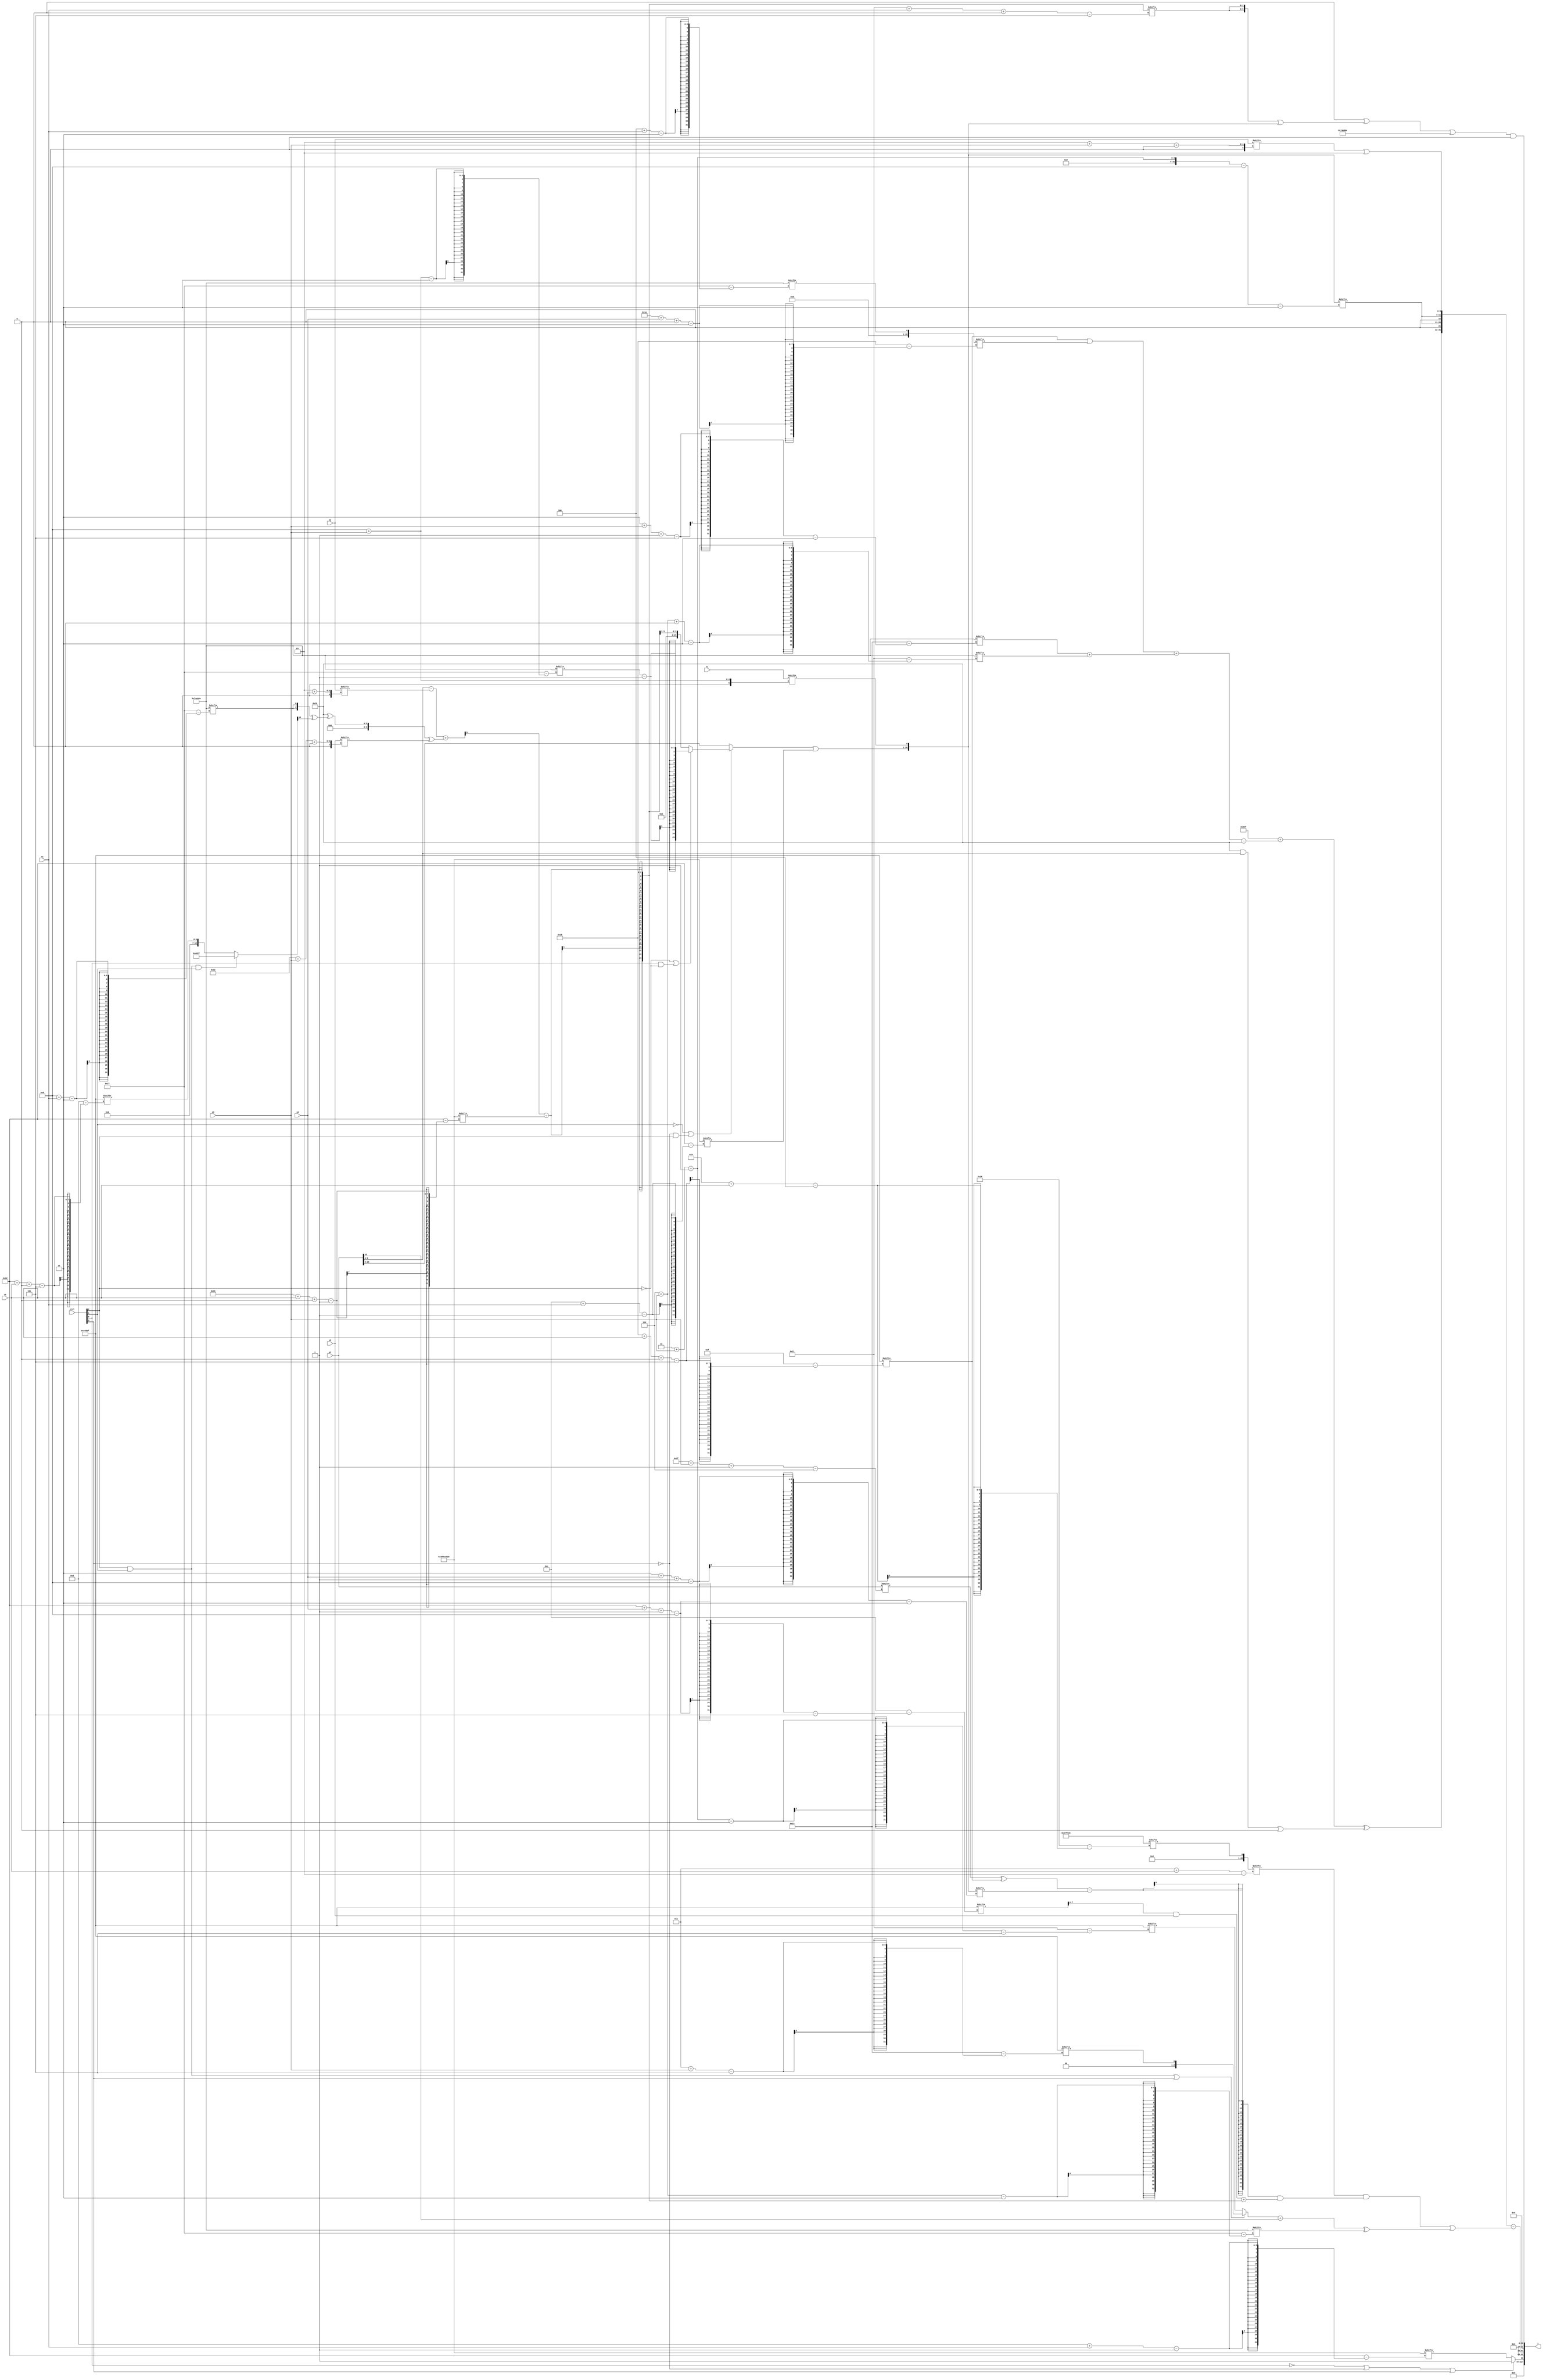
module partsel_00373(ctrl, s0, s1, s2, s3, x0, x1, x2, x3, y);
  input [3:0] ctrl;
  input [2:0] s0;
  input [2:0] s1;
  input [2:0] s2;
  input [2:0] s3;
  input [31:0] x0;
  input signed [31:0] x1;
  input [31:0] x2;
  input [31:0] x3;
  wire signed [4:28] x4;
  wire signed [3:31] x5;
  wire [29:5] x6;
  wire signed [4:28] x7;
  wire [29:3] x8;
  wire signed [4:29] x9;
  wire signed [1:29] x10;
  wire [30:4] x11;
  wire signed [25:1] x12;
  wire signed [27:3] x13;
  wire [27:7] x14;
  wire [3:31] x15;
  output [127:0] y;
  wire signed [31:0] y0;
  wire signed [31:0] y1;
  wire signed [31:0] y2;
  wire signed [31:0] y3;
  assign y = {y0,y1,y2,y3};
  localparam [1:30] p0 = 815439910;
  localparam signed [4:28] p1 = 572848075;
  localparam signed [5:24] p2 = 160323263;
  localparam signed [3:26] p3 = 628418158;
  assign x4 = (ctrl[2] && ctrl[1] && ctrl[1] ? (p0 ^ p0[10]) : p2[29 + s0 +: 7]);
  assign x5 = ((x3 - x2[7 + s2]) + ((p0 ^ ({2{p3[8 + s1]}} ^ x4[13 -: 1])) ^ x0[18 + s3 +: 8]));
  assign x6 = (x5[22] - p0[21 + s0 +: 1]);
  assign x7 = {2{{(x2[21 -: 2] | p0[18 +: 4]), {{p2[22], (ctrl[3] && ctrl[0] && !ctrl[0] ? p1 : x4[12])}, x1[16]}}}};
  assign x8 = {2{{((!ctrl[1] || !ctrl[3] && ctrl[2] ? (!ctrl[2] || ctrl[0] && !ctrl[2] ? (p3[8 + s3] - p2[13 +: 2]) : x6[23 -: 3]) : {x7[21 -: 4], x3}) | p0[12 + s1]), x1[8 + s3]}}};
  assign x9 = p2[29 + s2 -: 8];
  assign x10 = p2[8];
  assign x11 = p3;
  assign x12 = {2{p1[20]}};
  assign x13 = p2[22 + s0 +: 5];
  assign x14 = p1[9 + s0];
  assign x15 = p3[4 + s1];
  assign y0 = (!ctrl[0] || !ctrl[3] || ctrl[3] ? p1[14 -: 1] : p0[13 + s1]);
  assign y1 = p3[9 +: 2];
  assign y2 = ({(({p3[22 + s0 +: 7], p2} + {2{(((x13 | x15[30 + s2 +: 7]) + (p3[3 + s3 -: 5] + p3[6 + s3 +: 7])) - p0)}}) ^ ((p0 & x3) | {(p0[18 + s0 -: 3] ^ x7[9 + s0 -: 1]), x10})), {{2{{x10[21], x8[2 + s3 -: 8]}}}, (x2[7 + s3 +: 4] | p2[18 +: 4])}} - ((x14[10 + s0] & (((x3[31 + s3 -: 6] ^ x13) - x8[3 + s2 -: 8]) & ((x9[23 -: 2] & x0) + x6))) | (((ctrl[1] && ctrl[2] || ctrl[3] ? p2[10 + s3] : p2[2 + s3 -: 3]) + x3[22 -: 1]) ^ p3[6 + s3])));
  assign y3 = (((x10[12 -: 4] | ({2{x6[17 + s1 +: 3]}} | x8)) | p3) & p0[16]);
endmodule